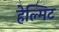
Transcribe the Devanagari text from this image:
हेल्मिट